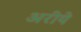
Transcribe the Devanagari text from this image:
अरीये